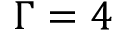
\Gamma = 4